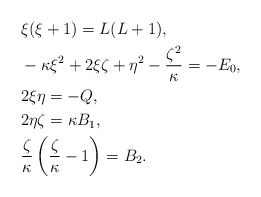
\begin{align*} &\xi(\xi+1) = L(L+1), \\ &- \kappa \xi^2 + 2\xi\zeta + \eta^2 - \frac{\zeta^2}{\kappa} = - E_0, \\ &2\xi\eta = -Q, \\ &2\eta\zeta = \kappa B_1, \\ &\frac{\zeta}{\kappa} \left(\frac{\zeta}{\kappa}-1\right) = B_2. \end{align*}